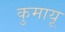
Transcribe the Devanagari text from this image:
कुमायू